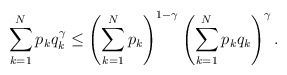
\begin{align*} \sum_{k=1}^N p_k q_k ^ \gamma \leq \left( \sum_{k=1}^N p_k \right)^{ 1 - \gamma } \left( \sum_{k=1}^N p_k q_k \right)^ \gamma.\end{align*}